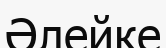
Әлейке